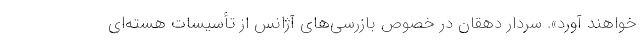
خواهند آورد». سردار دهقان در خصوص بازرسی‌های آژانس از تأسیسات هسته‌ای